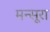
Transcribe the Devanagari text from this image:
मन्सूरा